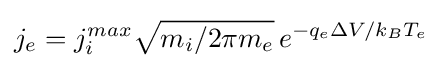
j_{e}=j_{i}^{max}{\sqrt {m_{i}/2\pi m_{e}}}\,e^{-q_{e}\Delta V/k_{B}T_{e}}